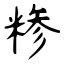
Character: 糁